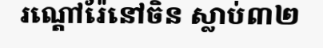
រណ្តៅរ៉ែនៅចិន ស្លាប់៣២